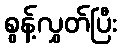
စွန့်လွှတ်ပြီး